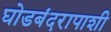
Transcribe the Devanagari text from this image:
घोडबंदरापाशी